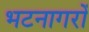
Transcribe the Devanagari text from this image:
भटनागरों